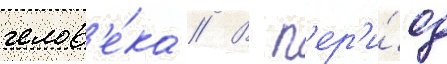
челов'е́ка // В п'ер'и́од